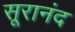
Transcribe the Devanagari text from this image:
सूरानंद